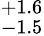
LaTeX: ^{+1.6}_{-1.5}